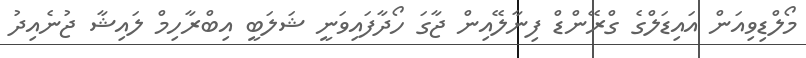
މޯލްޑިވިއަން އައިޑަލްގެ ގްރޭންޑް ފިނާލޭއިން ޖާގަ ހޯދާފައިވަނީ ޝަލަބީ އިބްރާހިމް ލައިޝާ ޖުނެއިދު